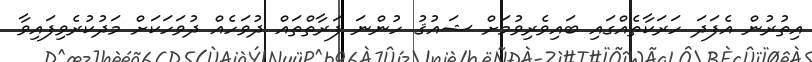
އިތުރުން އެފަދަ ހަރަކާތެއްގައި ބައިވެރިވުމަށް ޝައުޤު ހުންނަ ފަރާތްތައް ދުވަހެއް ދުވަހަކަށް މަދުކުރެވިފައިވާ